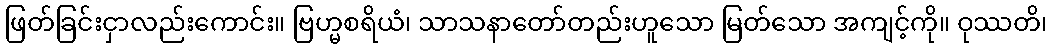
ဖြတ်ခြင်းငှာလည်းကောင်း။ ဗြဟ္မစရိယံ၊ သာသနာတော်တည်းဟူသော မြတ်သော အကျင့်ကို။ ဝုဿတိ၊